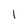
Character: 1